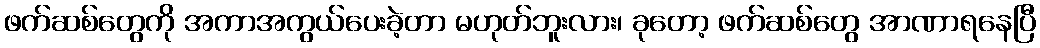
ဖက်ဆစ်တွေကို အကာအကွယ်ပေးခဲ့တာ မဟုတ်ဘူးလား၊ ခုတော့ ဖက်ဆစ်တွေ အာဏာရနေပြီ